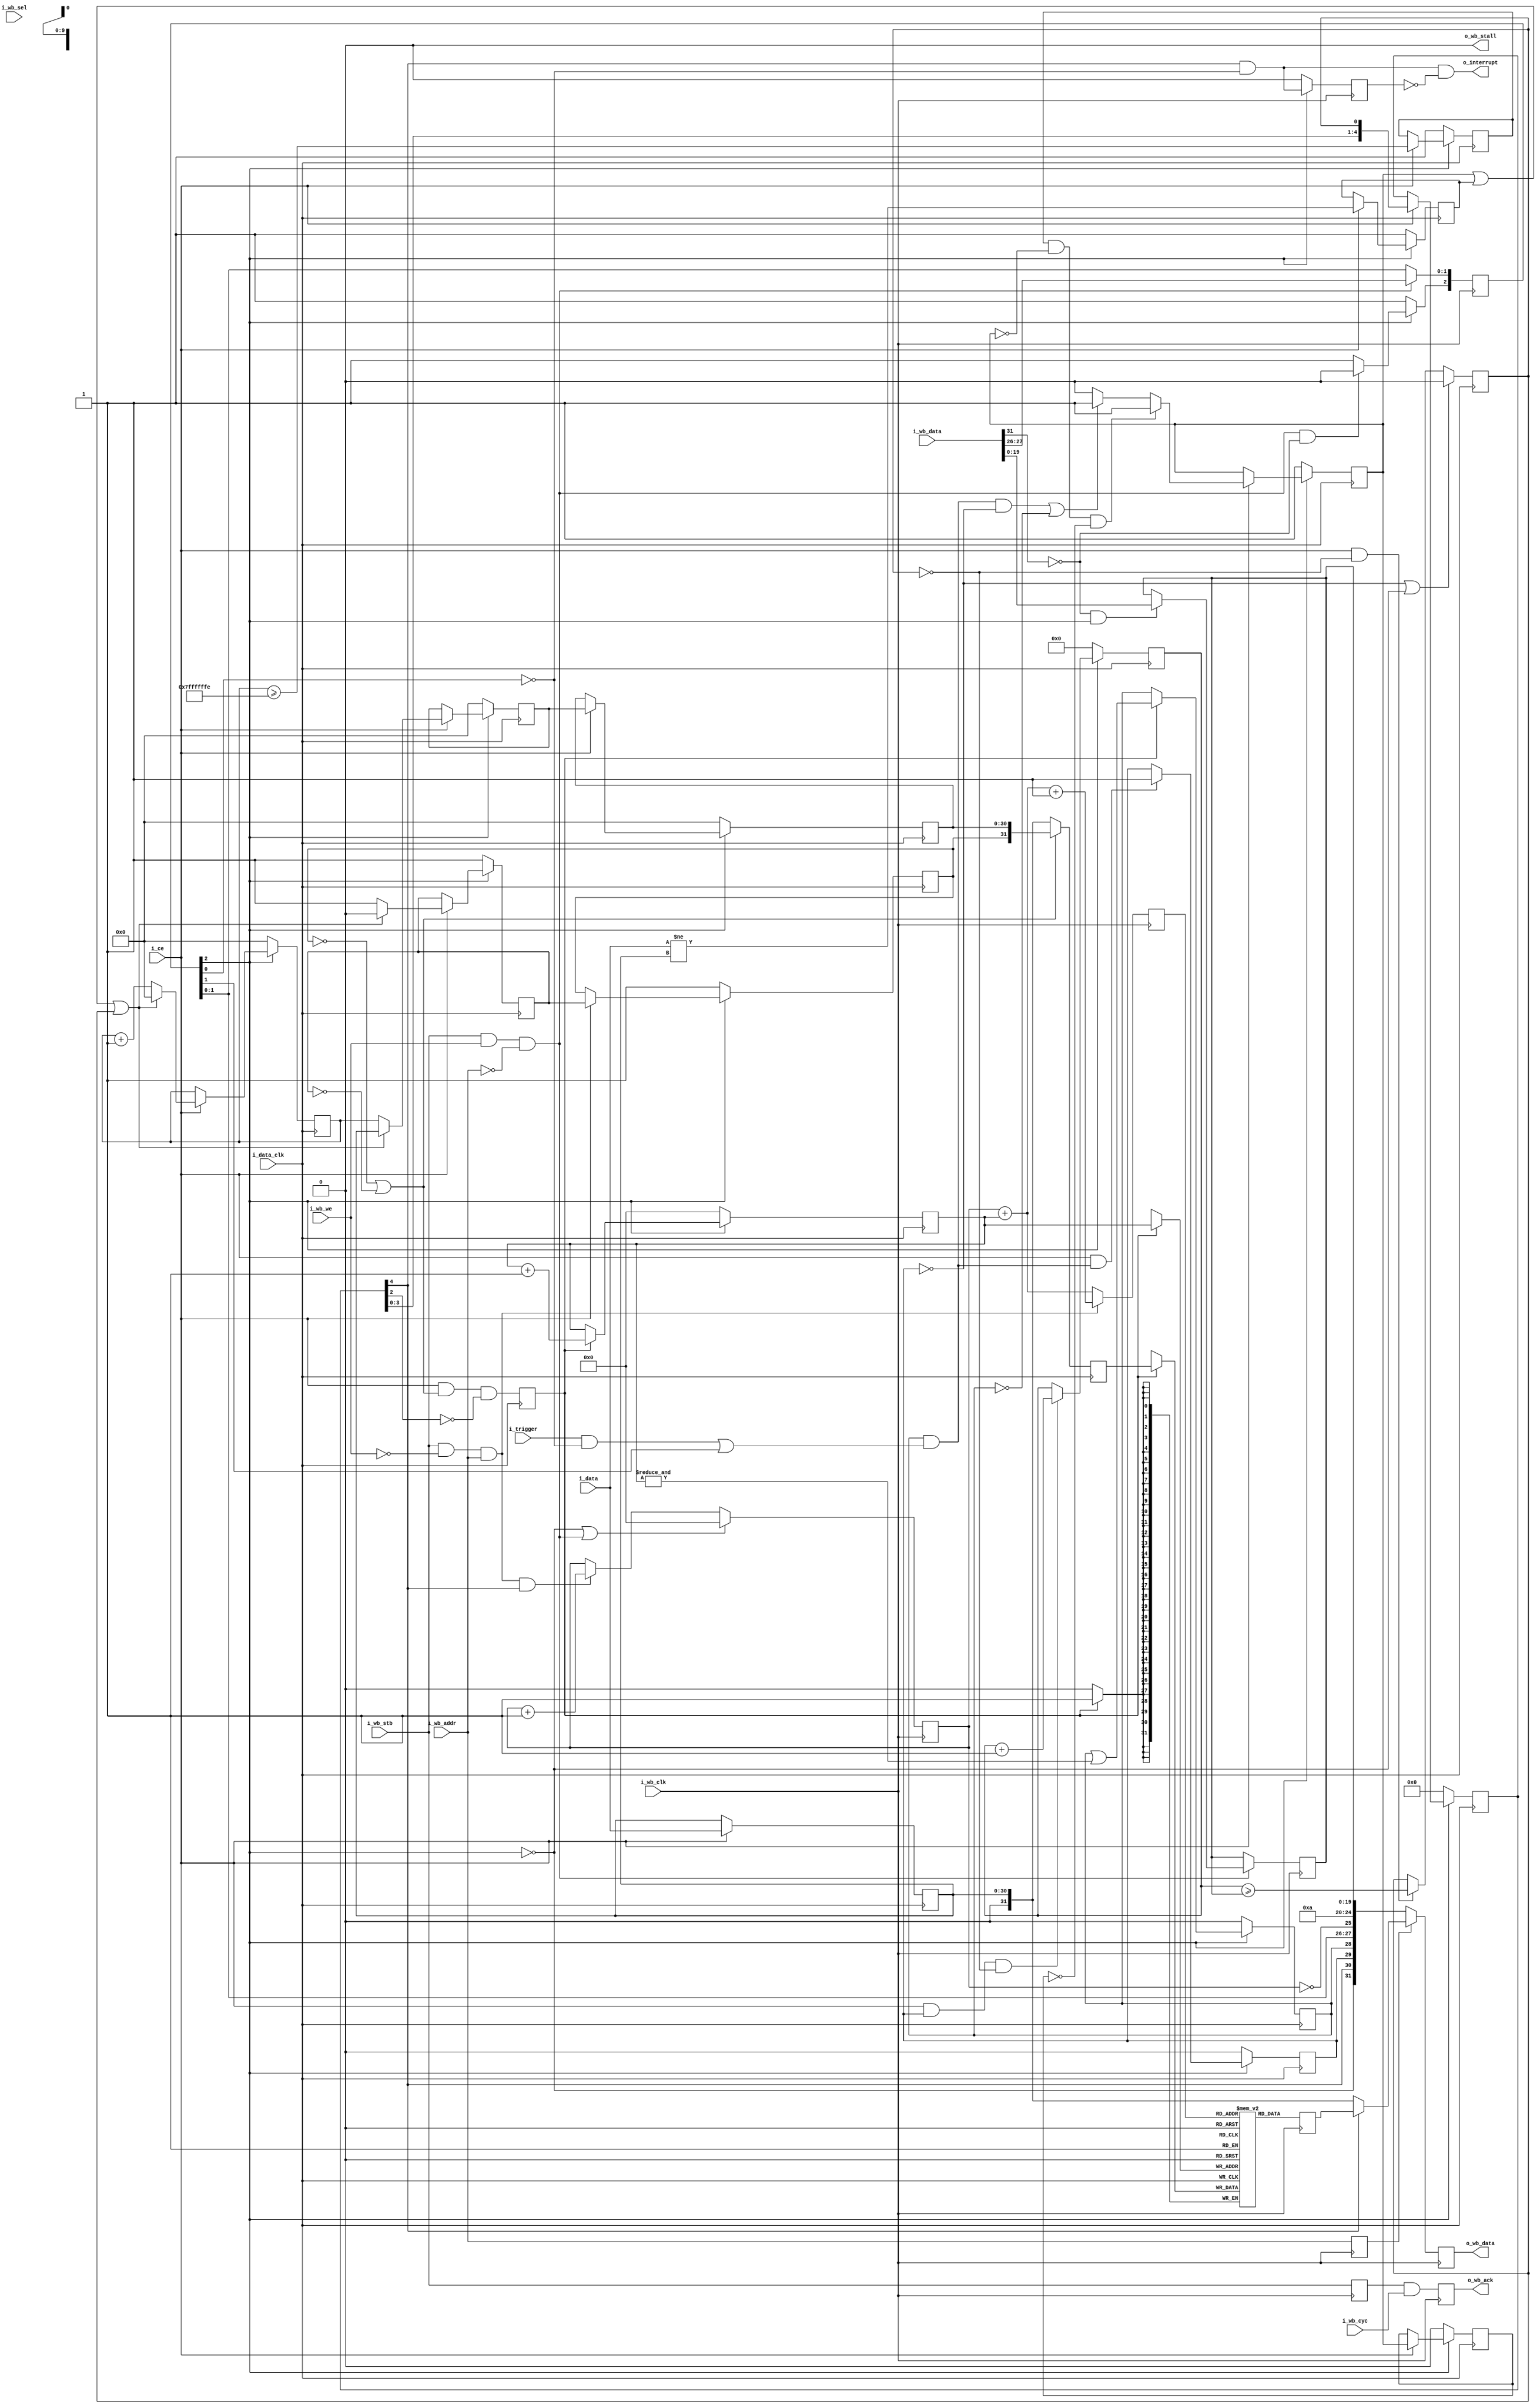
////////////////////////////////////////////////////////////////////////////////
//
// {{{
// Project:	WBScope, a wishbone hosted scope
//
// Purpose:	This scope is identical in function to the wishbone scope
//	found in wbscope, save that the output is compressed via a run-length
//	encoding scheme and that (as a result) it can only handle recording
//	31 bits at a time.  This allows the top bit to indicate the presence
//	of an 'address difference' rather than actual incoming recorded data.
//
//	Reading/decompressing the output of this scope works in this fashion:
//	Once the scope has stopped, read from the port.  Any time the high
//	order bit is set, the other 31 bits tell you how many times to repeat
//	the last value.  If the high order bit is not set, then the value
//	is a new data value.
//
//	Previous versions of the compressed scope have had some fundamental
//	flaws: 1) it was impossible to know when the trigger took place, and
//	2) if things never changed, the scope would never fill or complete
//	its capture.  These two flaws have been fixed with this release.
//
//	When dealing with a slow interface such as the PS/2 interface, or even
//	the 16x2 LCD interface, it is often true that things can change _very_
//	slowly.  They could change so slowly that the standard wishbone scope
//	doesn't work.  This scope then gives you a working scope, by sampling
//	at diverse intervals, and only capturing anything that changes within
//	those intervals.  
//
//	Indeed, I'm finding this compressed scope very valuable for evaluating
//	the timing associated with a GPS PPS and associated NMEA stream.  I
//	need to collect over a seconds worth of data, and I don't have enough
//	memory to handle one memory value per clock, yet I still want to know
//	exactly when the GPS PPS goes high, when it goes low, when I'm
//	adjusting my clock, and when the clock's PPS output goes high.  Did I
//	synchronize them well?  Oh, and when does the NMEA time string show up
//	when compared with the PPS?  All of those are valuable, but could never
//	be done if the scope wasn't compressed.
//
// Creator:	Dan Gisselquist, Ph.D.
//		Gisselquist Technology, LLC
//
////////////////////////////////////////////////////////////////////////////////
// }}}
// Copyright (C) 2015-2021, Gisselquist Technology, LLC
// {{{
// This program is free software (firmware): you can redistribute it and/or
// modify it under the terms of  the GNU General Public License as published
// by the Free Software Foundation, either version 3 of the License, or (at
// your option) any later version.
//
// This program is distributed in the hope that it will be useful, but WITHOUT
// ANY WARRANTY; without even the implied warranty of MERCHANTIBILITY or
// FITNESS FOR A PARTICULAR PURPOSE.  See the GNU General Public License
// for more details.
//
// You should have received a copy of the GNU General Public License along
// with this program.  (It's in the $(ROOT)/doc directory.  Run make with no
// target there if the PDF file isn't present.)  If not, see
// <http://www.gnu.org/licenses/> for a copy.
// }}}
// License:	GPL, v3, as defined and found on www.gnu.org,
// {{{
//		http://www.gnu.org/licenses/gpl.html
//
////////////////////////////////////////////////////////////////////////////////
//
`default_nettype	none
// }}}
module wbscopc #(
		// {{{
		parameter [4:0]			LGMEM = 5'd10,
		parameter			BUSW = 32, NELM=(BUSW-1),
		parameter [0:0]			SYNCHRONOUS=1,
		parameter			HOLDOFFBITS=20,
		parameter [(HOLDOFFBITS-1):0]	DEFAULT_HOLDOFF
						= ((1<<(LGMEM-1))-4),
		parameter			STEP_BITS=BUSW-1,
		parameter [(STEP_BITS-1):0]	MAX_STEP= {(STEP_BITS){1'b1}}
		// }}}
	) (
		// {{{
		// The input signals that we wish to record
		input	wire			i_data_clk, i_ce, i_trigger,
		input	wire	[(NELM-1):0]	i_data,
		// The WISHBONE bus for reading and configuring this scope
		// {{{
		input	wire			i_wb_clk, i_wb_cyc,
						i_wb_stb, i_wb_we,
		input	wire			i_wb_addr, // One address line only
		input	wire	[(BUSW-1):0]	i_wb_data,
		input	wire	[(BUSW/8-1):0]	i_wb_sel,
		output	wire			o_wb_stall, o_wb_ack,
		output	wire	[(BUSW-1):0]	o_wb_data,
		// }}}
		// And, finally, for a final flair --- offer to interrupt the
		// CPU after our trigger has gone off.  This line is equivalent
		// to the scope  being stopped.  It is not maskable here.
		output	wire			o_interrupt
		// }}}
	);

	// Signal declarations
	// {{{
	// Pseudo bus signals
	// {{{
	wire		write_stb, read_from_data, write_to_control;
	reg	[31:0]	o_bus_data;
	wire		bus_clock;
	reg		read_address;
	wire [BUSW-1:0]	i_bus_data;
	// }}}

	reg	[(LGMEM-1):0]	raddr, waddr;
	reg	[(BUSW-1):0]	mem[0:((1<<LGMEM)-1)];

	// Our status/config register
	wire		bw_reset_request, bw_manual_trigger,
			bw_disable_trigger, bw_reset_complete;
	reg	[2:0]	br_config;
	reg	[(HOLDOFFBITS-1):0]	br_holdoff;
	(* ASYNC_REG="TRUE" *) reg	[(HOLDOFFBITS-1):0]	holdoff_counter;

	wire	dw_reset, dw_manual_trigger, dw_disable_trigger;
	reg	dr_triggered, dr_primed;
	wire	dw_trigger;
	reg		dr_stopped;
	localparam	DLYSTOP=5;
	reg	[(DLYSTOP-1):0]	dr_stop_pipe;
	wire	dw_final_stop;

	reg	[(STEP_BITS-1):0]	ck_addr;
	reg	[(NELM-1):0]		qd_data;
	reg				dr_force_write, dr_run_timeout,
					new_data;
	reg		dr_force_inhibit;
	wire	[(BUSW-2):0]	w_data;
	reg	imm_adr, lst_adr; // Is this an address (1'b1) or data value?
	reg	[(BUSW-2):0]	lst_val, // Data for the scope, delayed by one
				imm_val; // Data to write to the scope
	reg			record_ce;
	reg	[(BUSW-1):0]	r_data;
	wire	bw_stopped, bw_triggered, bw_primed;
	reg	br_wb_ack, br_pre_wb_ack;
	wire	bw_cyc_stb;
	reg	[(LGMEM-1):0]	this_addr;
	reg	[31:0]	nxt_mem;
	wire	[19:0]	full_holdoff;
	wire	[4:0]	bw_lgmem;
	reg	br_level_interrupt;
	// }}}

	assign	bus_clock = i_wb_clk;

	////////////////////////////////////////////////////////////////////////
	//
	// Decode and handle the bus signaling in a (somewhat) portable manner
	// {{{
	////////////////////////////////////////////////////////////////////////
	//
	///////////////////////////////////////////////////
	//
	//

	assign	i_bus_data = i_wb_data;
	assign	o_wb_stall = 1'b0;
	assign	read_from_data = (i_wb_stb)&&(!i_wb_we)&&(i_wb_addr);
	assign	write_stb = (i_wb_stb)&&(i_wb_we);
	assign	write_to_control = (write_stb)&&(!i_wb_addr);

	always @(posedge bus_clock)
		read_address <= i_wb_addr;
	// }}}
	////////////////////////////////////////////////////////////////////////
	//
	// Our status/config register
	// {{{
	////////////////////////////////////////////////////////////////////////
	//
	// Now that we've finished reading/writing from the
	// bus, ... or at least acknowledging reads and
	// writes from and to the bus--even if they haven't
	// happened yet, now we implement our actual scope.
	// This includes implementing the actual reads/writes
	// from/to the bus.
	//
	// From here on down, is the heart of the scope itself.
	//

	// Our status/config register
	initial	br_config = 3'b0;
	initial	br_holdoff = DEFAULT_HOLDOFF;
	always @(posedge bus_clock)
	begin
		if (write_to_control)
		begin
			br_config[1:0] <= {
				i_bus_data[27],
				i_bus_data[26] };
			if (!i_bus_data[31] && br_config[2])
				br_holdoff <= i_bus_data[(HOLDOFFBITS-1):0];
		end

		//
		// Reset logic
		if (bw_reset_complete)
			// Clear the reset request, regardless of the write
			br_config[2] <= 1'b1;
		else if (!br_config[2])
			// Reset request is already pending--don't change it
			br_config[2] <= 1'b0;
		else if (write_to_control && !i_bus_data[31])
			// Initiate a new reset request
			//   Note that we won't initiate a new reset request
			//   while one is already pending.  Once the pending
			//   one completes we'll be in the reset state anyway
			br_config[2] <= 1'b0;

		// if (i_reset)
		//	br_config[2] <= 1'b0;
	end
	assign	bw_reset_request   = (!br_config[2]);
	assign	bw_manual_trigger  = (br_config[1]);
	assign	bw_disable_trigger = (br_config[0]);

	generate
	if (SYNCHRONOUS > 0)
	begin
		assign	dw_reset = bw_reset_request;
		assign	dw_manual_trigger = bw_manual_trigger;
		assign	dw_disable_trigger = bw_disable_trigger;
		assign	bw_reset_complete = bw_reset_request;
	end else begin
		reg		r_reset_complete;
		(* ASYNC_REG = "TRUE" *) reg	[2:0]	q_iflags;
		reg	[2:0]	r_iflags;

		// Resets are synchronous to the bus clock, not the data clock
		// so do a clock transfer here
		initial	{ q_iflags, r_iflags } = 6'h0;
		initial	r_reset_complete = 1'b0;
		always @(posedge i_data_clk)
		begin
			q_iflags <= { bw_reset_request, bw_manual_trigger, bw_disable_trigger };
			r_iflags <= q_iflags;
			r_reset_complete <= (dw_reset);
		end

		assign	dw_reset = r_iflags[2];
		assign	dw_manual_trigger = r_iflags[1];
		assign	dw_disable_trigger = r_iflags[0];

		(* ASYNC_REG = "TRUE" *) reg	q_reset_complete;
		reg	qq_reset_complete;
		// Pass an acknowledgement back from the data clock to the bus
		// clock that the reset has been accomplished
		initial	q_reset_complete = 1'b0;
		initial	qq_reset_complete = 1'b0;
		always @(posedge bus_clock)
		begin
			q_reset_complete  <= r_reset_complete;
			qq_reset_complete <= q_reset_complete;
		end

		assign bw_reset_complete = qq_reset_complete;
	end endgenerate
	// }}}
	////////////////////////////////////////////////////////////////////////
	//
	// Set up the trigger
	// {{{
	////////////////////////////////////////////////////////////////////////
	//
	//

	// dw_trigger -- trigger wire, defined on the data clock
	// {{{
	// Write with the i_clk, or input clock.  All outputs read with the
	// bus clock, or i_wb_clk as we've called it here.
	assign	dw_trigger = (dr_primed)&&(
				((i_trigger)&&(!dw_disable_trigger))
				||(dw_manual_trigger));
	// }}}

	// dr_triggered
	// {{{
	initial	dr_triggered = 1'b0;
	always @(posedge i_data_clk)
	if (dw_reset)
		dr_triggered <= 1'b0;
	else if ((i_ce)&&(dw_trigger))
		dr_triggered <= 1'b1;
	// }}}

	//
	// Determine when memory is full and capture is complete
	//
	// Writes take place on the data clock

	// holdoff_counter
	// {{{
	// The counter is unsigned
	initial	holdoff_counter = 0;
	always @(posedge i_data_clk)
	if (dw_reset)
		holdoff_counter <= 0;
	else if ((i_ce)&&(dr_triggered)&&(!dr_stopped))
		holdoff_counter <= holdoff_counter + 1'b1;
	// }}}

	// dr_stopped
	// {{{
	initial	dr_stopped = 1'b0;
	always @(posedge i_data_clk)
	if ((!dr_triggered)||(dw_reset))
		dr_stopped <= 1'b0;
	else if ((i_ce)&&(!dr_stopped))
	begin
		if (HOLDOFFBITS > 1) // if (i_ce)
			dr_stopped <= (holdoff_counter >= br_holdoff);
		else if (HOLDOFFBITS <= 1)
			dr_stopped <= ((i_ce)&&(dw_trigger));
	end
	// }}}

	always @(posedge i_data_clk)
	if (dw_reset)
		dr_stop_pipe <= 0;
	else if (i_ce)
		dr_stop_pipe <= { dr_stop_pipe[(DLYSTOP-2):0], dr_stopped };

	assign	dw_final_stop = dr_stop_pipe[(DLYSTOP-1)];
	// }}}
	////////////////////////////////////////////////////////////////////////
	//
	// Write to memory
	// {{{
	////////////////////////////////////////////////////////////////////////
	//
	//

	// A big part of this scope is the run length of any particular
	// data value.  Hence, when the address line (i.e. data[31])
	// is high on decompression, the run length field will record an
	// address difference.
	//
	// To implement this, we set our run length to zero any time the
	// data changes, but increment it on all other clocks.  Should the
	// address difference get to our maximum value, we let it saturate
	// rather than overflow.

	// dr_force_write, dr_force_inhibit
	// {{{
	//
	// The "dr_force_write" logic here is designed to make sure we write
	// at least every MAX_STEP samples, and that we stop as soon as
	// we are able.  Hence, if an interface is slow
	// and idle, we'll at least prime the scope, and even if the interface
	// doesn't have enough transitions to fill our buffer, we'll at least
	// fill the buffer with repeats.
	//
	initial	ck_addr = 0;
	initial	dr_force_write = 1'b0;
	always @(posedge i_data_clk)
	if (dw_reset)
	begin
		dr_force_write    <= 1'b1;
		dr_force_inhibit  <= 1'b0;
	end else if (i_ce)
	begin
		dr_force_inhibit <= (dr_force_write);
		if ((dr_run_timeout)&&(!dr_force_write)&&(!dr_force_inhibit))
			dr_force_write <= 1'b1;
		else if (((dw_trigger)&&(!dr_triggered))||(!dr_primed))
			dr_force_write <= 1'b1;
		else
			dr_force_write <= 1'b0;
	end
	// }}}

	// ck_addr: Keep track of how long it has been since the last write
	// {{{
	always @(posedge i_data_clk)
	if (dw_reset)
		ck_addr <= 0;
	else if (i_ce)
	begin
		if ((dr_force_write)||(new_data)||(dr_stopped))
			ck_addr <= 0;
		else
			ck_addr <= ck_addr + 1'b1;
	end
	// }}}

	// dr_run_timeout
	// {{{
	always @(posedge i_data_clk)
	if (dw_reset)
		dr_run_timeout <= 1'b1;
	else if (i_ce)
		dr_run_timeout <= (ck_addr >= MAX_STEP-1'b1);
	// }}}

	// new_data
	// {{{
	always @(posedge i_data_clk)
	if (dw_reset)
		new_data <= 1'b1;
	else if (i_ce)
		new_data <= (i_data != qd_data);
	// }}}

	// qd_data
	// {{{
	always @(posedge i_data_clk)
	if (i_ce)
		qd_data <= i_data;
	// }}}

	// w_data
	// {{{
	generate
	if (NELM == BUSW-1)
		assign w_data = qd_data;
	else
		assign w_data = { {(BUSW-NELM-1){1'b0}}, qd_data };
	endgenerate
	// }}}

	// imm_val, imm_adr, lst_val, lst_adr
	// {{{
	// To do our RLE compression, we keep track of two registers: the most
	// recent data to the device (imm_ prefix) and the data from one
	// clock ago.  This allows us to suppress writes to the scope which
	// would otherwise be two address writes in a row.
	initial	lst_adr = 1'b1;
	initial	imm_adr = 1'b1;
	always @(posedge i_data_clk)
	if (dw_reset)
	begin
		imm_val <= 31'h0;
		imm_adr <= 1'b1;
		lst_val <= 31'h0;
		lst_adr <= 1'b1;
	end else if (i_ce)
	begin
		if ((new_data)||(dr_force_write)||(dr_stopped))
		begin
			imm_val <= w_data;
			imm_adr <= 1'b0; // Last thing we wrote was data
			lst_val <= imm_val;
			lst_adr <= imm_adr;
		end else begin
			imm_val <= ck_addr; // Minimum value here is '1'
			imm_adr <= 1'b1; // This (imm) is an address
			lst_val <= imm_val;
			lst_adr <= imm_adr;
		end
	end
	// }}}

	// record_ce
	// {{{
	// Here's where we suppress writing pairs of address words to the
	// scope at once.
	//
	initial			record_ce = 1'b0;
	always @(posedge i_data_clk)
		record_ce <= (i_ce)&&((!lst_adr)||(!imm_adr))&&(!dr_stop_pipe[2]);
	// }}}

	// r_data
	// {{{
	always @(posedge i_data_clk)
		r_data <= ((!lst_adr)||(!imm_adr))
			? { lst_adr, lst_val }
			: { {(32 - NELM){1'b0}}, qd_data };
	// }}}

	//
	//	Actually do our writes to memory.  Record, via 'primed' when
	//	the memory is full.
	//
	//	The 'waddr' address that we are using really crosses two clock
	//	domains.  While writing and changing, it's in the data clock
	//	domain.  Once stopped, it becomes part of the bus clock domain.
	//	The clock transfer on the stopped line handles the clock
	//	transfer for these signals.
	//

	// waddr, dr_primed
	// {{{
	initial	waddr = {(LGMEM){1'b0}};
	initial	dr_primed = 1'b0;
	always @(posedge i_data_clk)
	if (dw_reset) // For simulation purposes, supply a valid value
	begin
		waddr <= 0; // upon reset.
		dr_primed <= 1'b0;
	end else if (record_ce)
	begin
		// mem[waddr] <= i_data;
		waddr <= waddr + {{(LGMEM-1){1'b0}},1'b1};
		dr_primed <= (dr_primed)||(&waddr);
	end
	// }}}

	// mem[] <= r_data
	// {{{
	always @(posedge i_data_clk)
	if (record_ce)
		mem[waddr] <= r_data;
	// }}}


	//
	//
	//
	// Bus response
	//
	//
	// }}}
	// }}}
	////////////////////////////////////////////////////////////////////////
	//
	// Move the status signals back to the bus clock
	// {{{
	////////////////////////////////////////////////////////////////////////
	//
	generate if (SYNCHRONOUS > 0)
	begin : SYNCHRONOUS_RETURN
		assign	bw_stopped   = dw_final_stop;
		assign	bw_triggered = dr_triggered;
		assign	bw_primed    = dr_primed;
	end else begin : ASYNC_STATUS
		// {{{
		// These aren't a problem, since none of these are strobe
		// signals.  They goes from low to high, and then stays high
		// for many clocks.  Swapping is thus easy--two flip flops to
		// protect against meta-stability and we're done.
		//
		(* ASYNC_REG = "TRUE" *) reg	[2:0]	q_oflags;
		reg	[2:0]	r_oflags;
		initial	q_oflags = 3'h0;
		initial	r_oflags = 3'h0;
		always @(posedge bus_clock)
		if (bw_reset_request)
		begin
			q_oflags <= 3'h0;
			r_oflags <= 3'h0;
		end else begin
			q_oflags <= { dw_final_stop, dr_triggered, dr_primed };
			r_oflags <= q_oflags;
		end

		assign	bw_stopped   = r_oflags[2];
		assign	bw_triggered = r_oflags[1];
		assign	bw_primed    = r_oflags[0];
		// }}}
	end endgenerate
	// }}}
	////////////////////////////////////////////////////////////////////////
	//
	// Read from the memory, using the bus clock.  Otherwise respond to bus
	// {{{
	////////////////////////////////////////////////////////////////////////
	//
	//

	// Reads use the bus clock
	assign	bw_cyc_stb = (i_wb_stb);

	initial	br_pre_wb_ack = 1'b0;
	initial	br_wb_ack = 1'b0;
	always @(posedge bus_clock)
	begin
		if ((bw_reset_request)||(write_to_control))
			raddr <= 0;
		else if ((read_from_data)&&(bw_stopped))
			raddr <= raddr + 1'b1; // Data read, when stopped

		br_pre_wb_ack <= bw_cyc_stb;
		br_wb_ack <= (br_pre_wb_ack)&&(i_wb_cyc);
	end

	assign	o_wb_ack = br_wb_ack;

	always @(posedge bus_clock)
	if (read_from_data)
		this_addr <= raddr + waddr + 1'b1;
	else
		this_addr <= raddr + waddr;

	always @(posedge bus_clock)
		nxt_mem <= mem[this_addr];

	// holdoff sub-register
	// {{{
	assign full_holdoff[(HOLDOFFBITS-1):0] = br_holdoff;
	generate if (HOLDOFFBITS < 20)
		assign full_holdoff[19:(HOLDOFFBITS)] = 0;
	endgenerate
	// }}}

	assign		bw_lgmem = LGMEM;

	// Bus read
	// {{{
	always @(posedge bus_clock)
	begin
		if (!read_address) // Control register read
			o_bus_data <= { bw_reset_request,
					bw_stopped,
					bw_triggered,
					bw_primed,
					bw_manual_trigger,
					bw_disable_trigger,
					(raddr == {(LGMEM){1'b0}}),
					bw_lgmem,
					full_holdoff  };
		else if (!bw_stopped) // read, prior to stopping
			//
			// *WARNING*: THIS READ IS NOT PROTECTED FROM
			// ASYNCHRONOUS COHERENCE ISSUES!
			//
			o_bus_data <= {1'b0, w_data };// Violates clk tfr rules
		else // if (i_wb_addr) // Read from FIFO memory
			o_bus_data <= nxt_mem; // mem[raddr+waddr];
	end
	// }}}

	assign	o_wb_data = o_bus_data;
	// }}}
	////////////////////////////////////////////////////////////////////////
	//
	// Interrupt generation
	// {{{
	////////////////////////////////////////////////////////////////////////
	//
	//
	initial	br_level_interrupt = 1'b0;
	always @(posedge bus_clock)
	if ((bw_reset_complete)||(bw_reset_request))
		br_level_interrupt<= 1'b0;
	else
		br_level_interrupt<= (bw_stopped)&&(!bw_disable_trigger);

	assign	o_interrupt = (bw_stopped)&&(!bw_disable_trigger)
					&&(!br_level_interrupt);
	// }}}

	// Make verilator happy
	// {{{
	// verilator lint_off UNUSED
	wire	unused;
	assign	unused = &{ 1'b0, i_bus_data[30:28], i_bus_data[25:HOLDOFFBITS],
			i_wb_sel };
	// verilator lint_on  UNUSED
	// }}}
endmodule